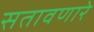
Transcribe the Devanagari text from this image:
सतावणारे